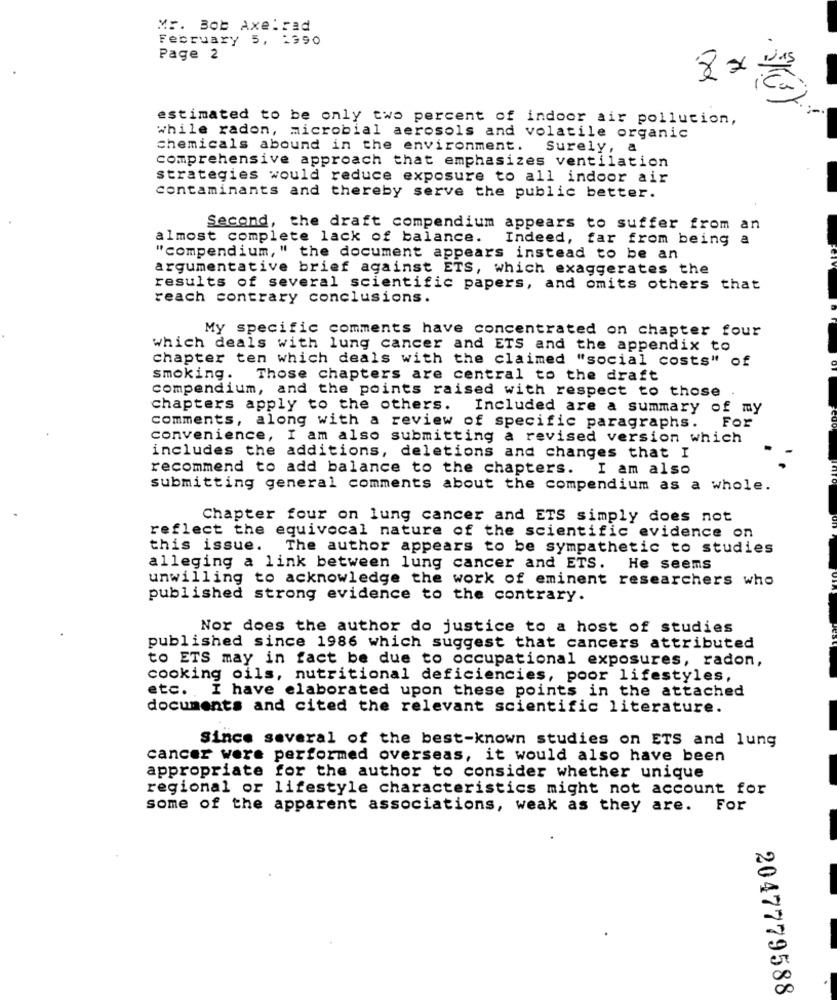
Mr. Bob Axel rad
February 5, 1390
Page 2
estimated to be only two percent of indoor air pollution,
while radon, microbial aerosols and volatile organic
chemicals abound in the environment. Surely, a
comprehensive approach that emphasizes ventilation
strategies would reduce exposure to all indoor air
contaminants and thereby serve the public better.
Second, the draft compendium appears to suffer from an
almost complete lack of balance. Indeed, far from being a
"compendium, " the document appears instead to be an
argumentative brief against ETS, which exaggerates the
results of several scientific papers, and omits others that
reach contrary conclusions.
My specific comments have concentrated on chapter four
which deals with lung cancer and ETS and the appendix to
chapter ten which deals with the claimed "social costs" of
smoking .
Those chapters are central to the draft
compendium, and the points raised with respect to those
Chapters apply to the others.
Included are a summary of my
comments, along with a review of specific paragraphs.
For
convenience, I am also submitting a revised version which
includes the additions, deletions and changes that I
recommend to add balance to the chapters. I am also
submitting general comments about the compendium as a whole.
Chapter four on lung cancer and ETS simply does not
reflect the equivocal nature of the scientific evidence on
this issue.
The author appears to be sympathetic to studies
alleging a link between lung cancer and ETS.
He seems
unwilling to acknowledge the work of eminent researchers who
published strong evidence to the contrary.
Nor does the author do justice to a host of studies
published since 1986 which suggest that cancers attributed
to ETS may in fact be due to occupational exposures, radon,
cooking oils, nutritional deficiencies, poor lifestyles,
etc. I have elaborated upon these points in the attached
documents and cited the relevant scientific literature.
Since several of the best-known studies on ETS and lung
cancer were performed overseas, it would also have been
appropriate for the author to consider whether unique
regional or lifestyle characteristics might not account for
some of the apparent associations, weak as they are. For
2047779588